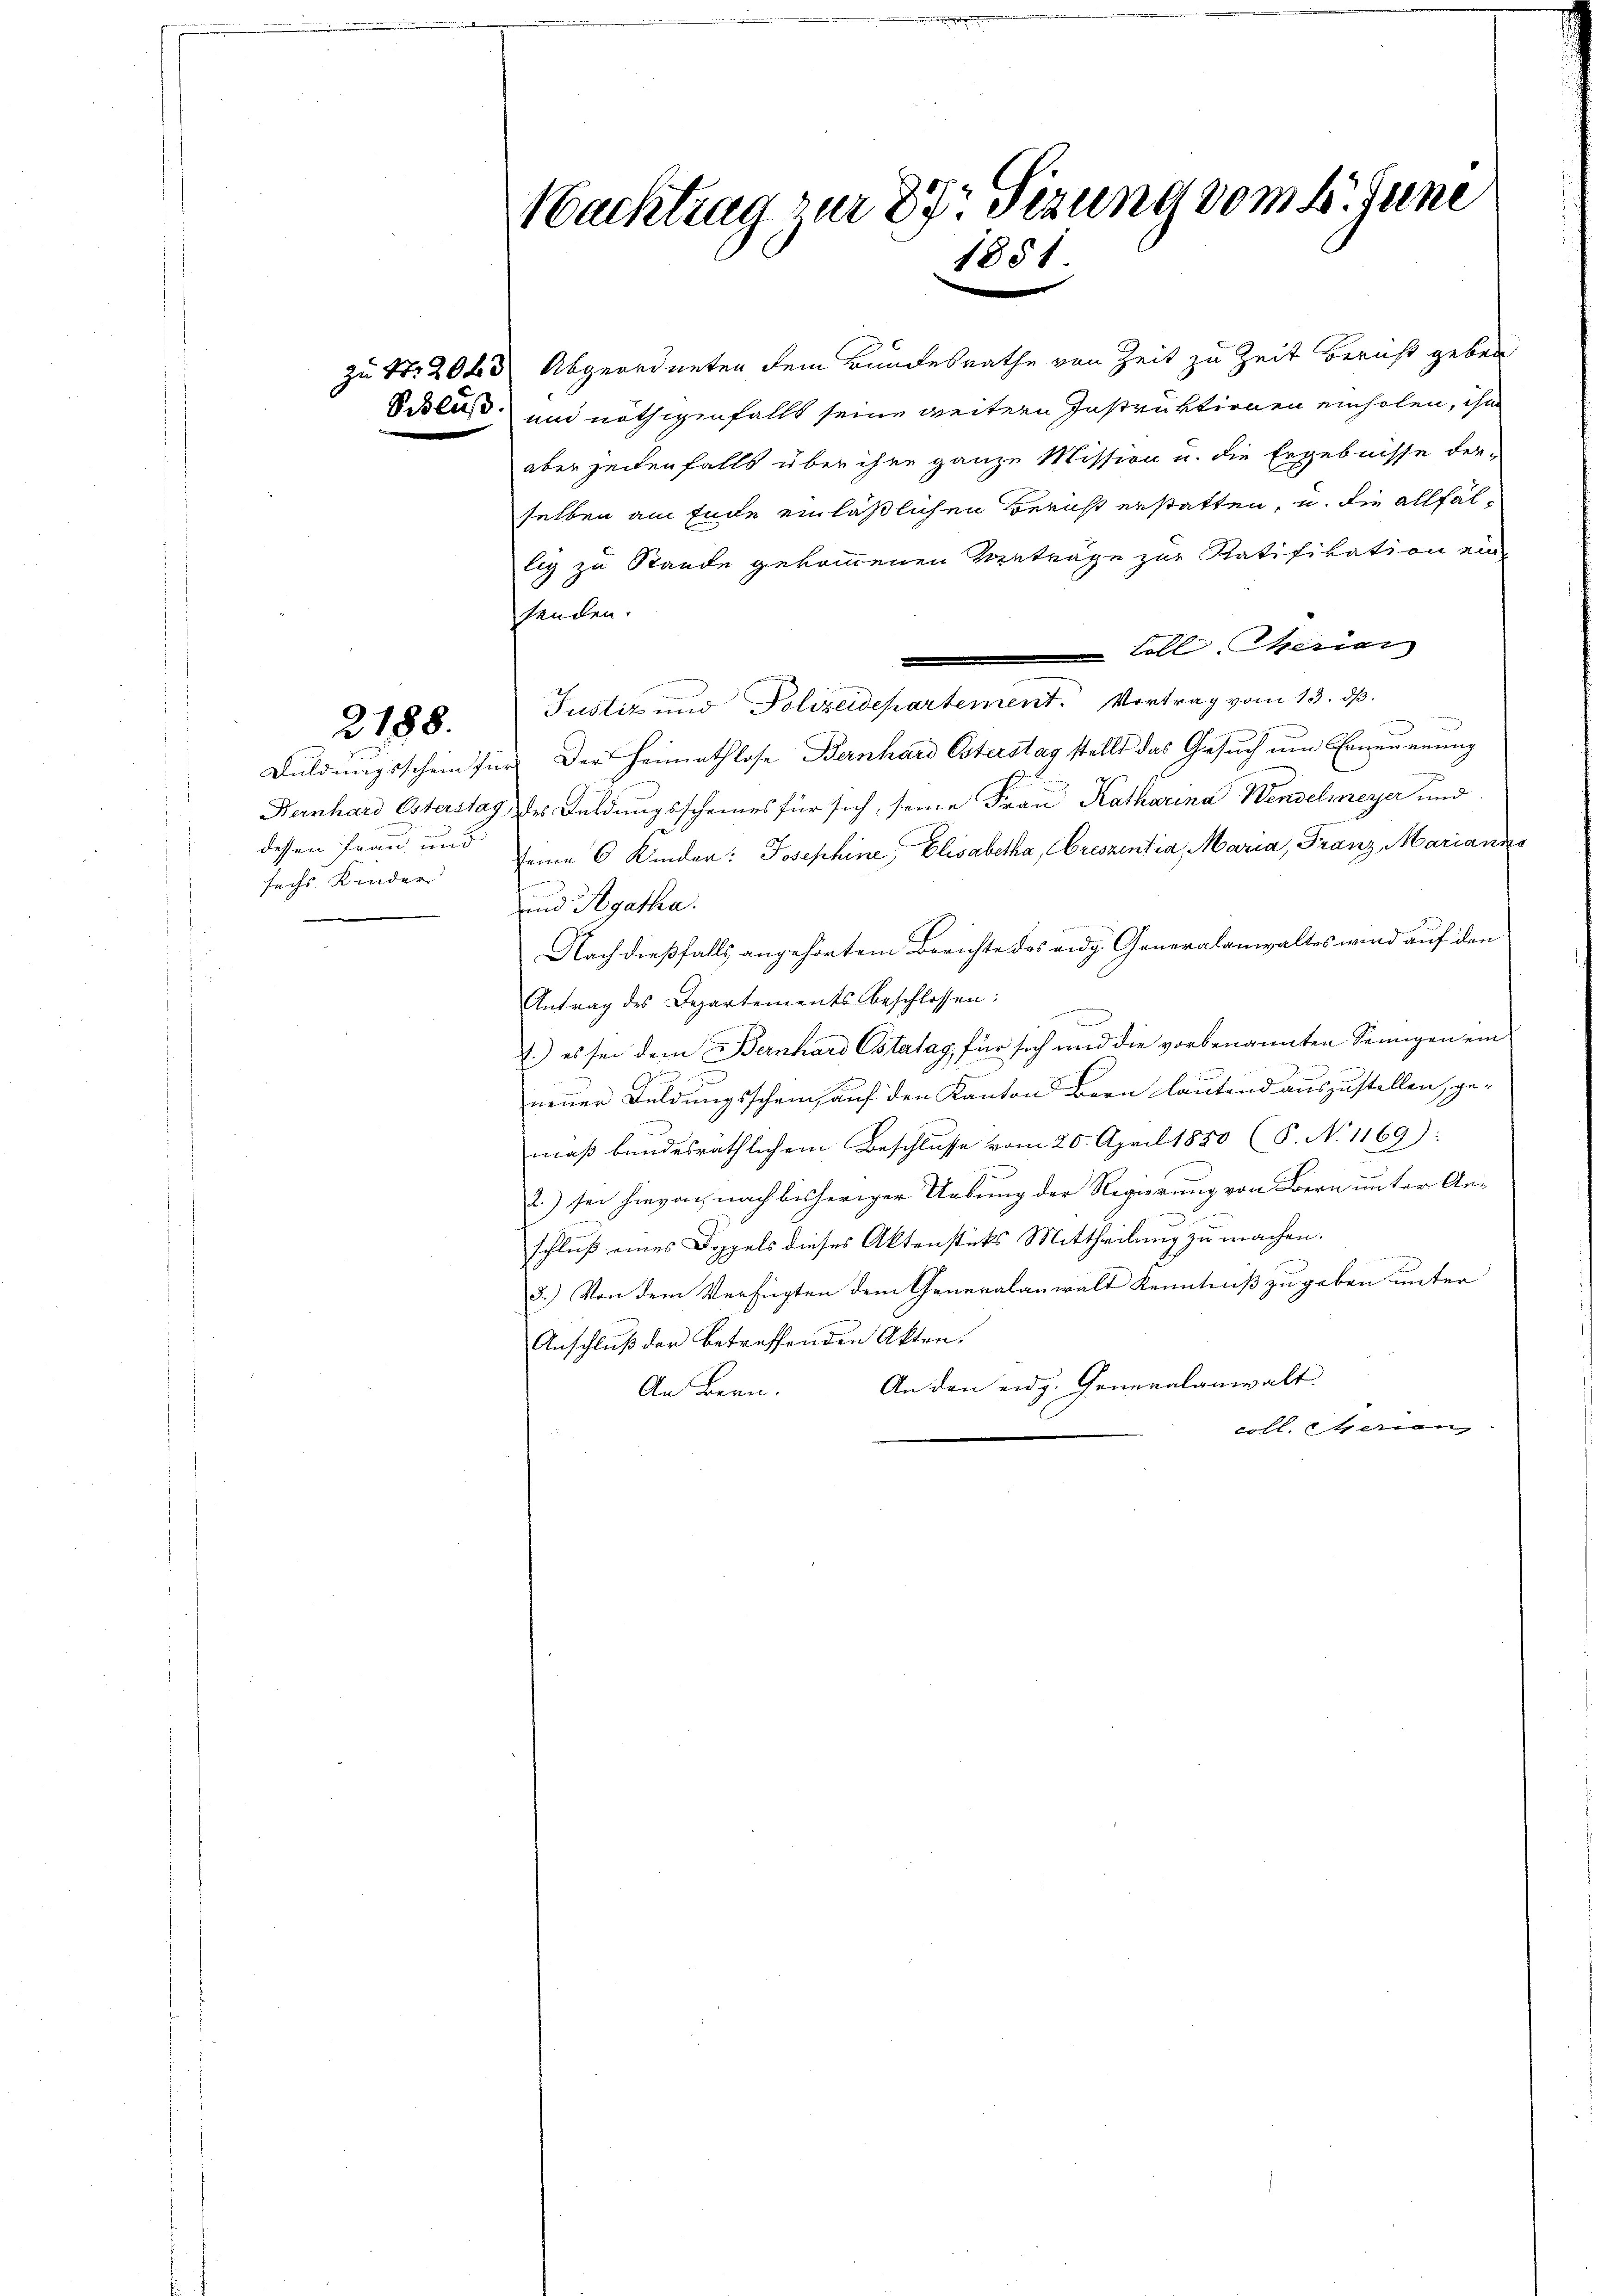
Duldungsschein fr
Bernhard Ostersta
dessen Frau und
sechs Kinder

2188.

Nachtrag zur 27 Sizung vom 4. Juni
1851

zu Nr. 2043 Abgeordneten dem Bundesrathe von Zeit zu Zeit bericht geben
Scklas, und nöthigenfalls seine weitern Instruktionen einholen, ihn
aber zeitenfalls über ihre ganze Mission u. die Ergebnisse der-
selben am Ende einläßlichen Bericht erstatten, u. die allfällig zu Stande gekommenen Verträge zur Ratifikation eine
henden.
toll Meriar
e
Justiz und Polizeidepartement. Vortrag vom 13. dß.
ir. Der Heimathlose Bernhard Osterstag stellt das Gesuch um Erneuerung
1) des Feldungsscheines für sich, seine Frau Katharina Wenselmeyer und
seine 6 Kinder: Josephine, Elisabetha, Creszentia, Maria, Franz Marianne
und Agatha.
Nach dießfalls angehörtem Berichte des eidg. Generalanwaltes wird auf den
Antrag des Departements beschlossen:
.) es sei dem Bernhard Ostatag für sich und die vorbenannten Senigen ein
.
A
neuer Feldungsschein, auf den Kanton Bern lautend auszustellen, gemaß bundesräthlichem Beschlusse vom 20. April 1850 (S. N. 1169):
2.) sei hievon nach bisheriger Uebung der Regierung von Bern unter Ane
schluß eines Doppels dieses Aktenstüks Mittheilung zu machen.
3.) Von dem Verfügten dem Generalanwalt Kenntniß zu geben unter
Anschluß der betreffenden Akten.
An den eidg. Generalanwalt.
An Bren.
coll. Eherenz